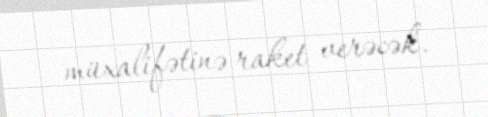
müxalifətinə raket verəcək.